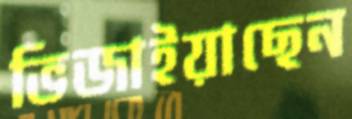
ভিজাইয়াছেন